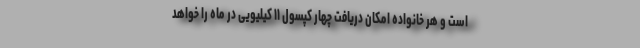
است و هر خانواده امکان دریافت چهار کپسول ۱۱ کیلیویی در ماه را خواهد